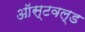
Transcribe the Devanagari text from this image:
ऑस्टवल्ड